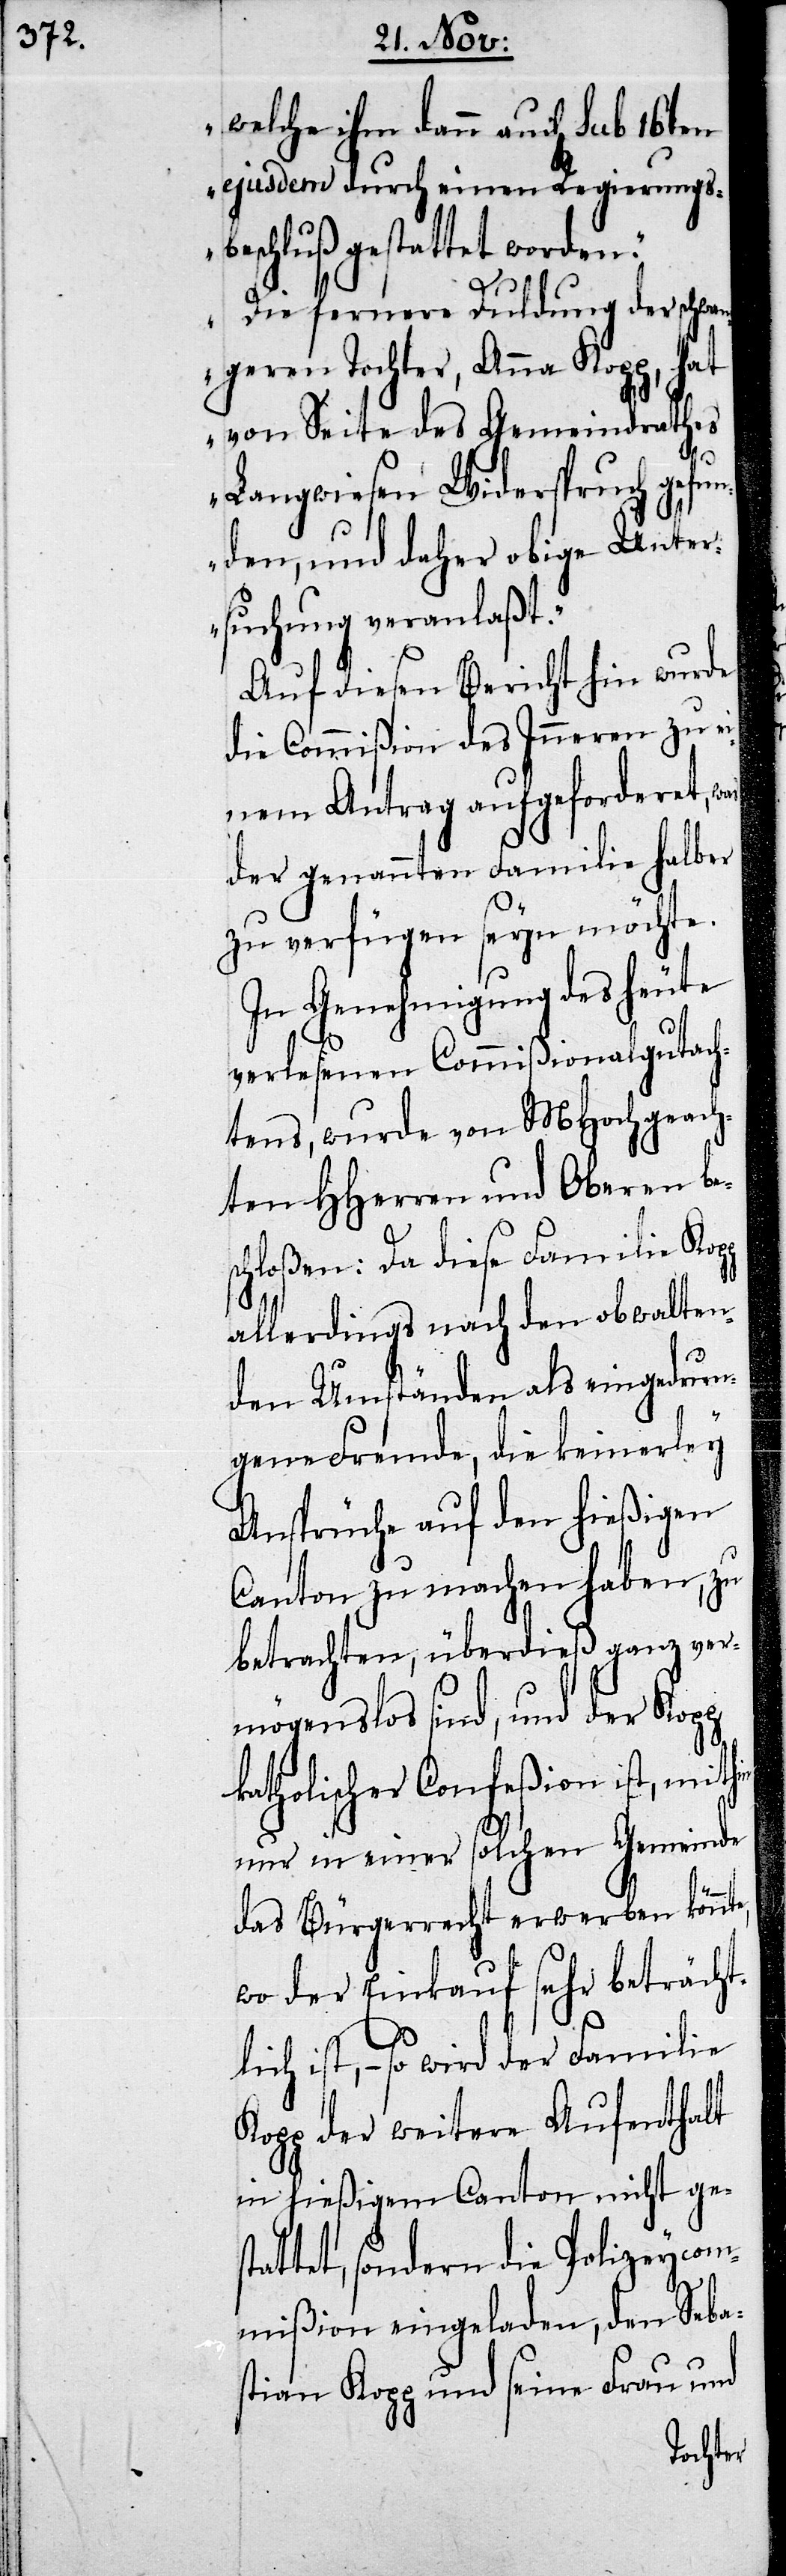
welche ihm dann auch
16ten
ejusdem durch einen Regierungs¬
beschluß gestattet worden.
Die fernere Duldung der schwa¬
nde¬
ngeren Tochter, Anna
rathes
von Seite des Gemei¬
Langwiesen Widerspruch gefu¬
nden, und daher obige Unter¬
suchung veranlaßt.“
Auf diesen Bericht hin wurde
die Commißion des Inneren zu e¬
inem Antrag aufgeforderet, was
der genannten Familie halber
zu verfügen seyn möchte.
In Genehmigung des heute
verlesenen Commißionalgutach¬
tens, wurde von MHochgeach¬
ten HHerren und Oberen be¬
schloßen: Da diese Familie Kop¬
allerdings nach den obwalten¬
den Umständen als eingedrun¬
gene Fremde, die keinerley
Ansprüche auf den hießigen
Canton zu machen haben, zu
betrachten, überdieß ganz ver¬
mögenslos sind, und der Kopp
katholischer Confeßion ist, mithin
nur in einer solchen Gemeinde
das Bürgerrecht erwerben könnt¬
wo der Einkauf sehr beträcht¬
lich ist, – so wird der Familie
Kopp der weitere Aufenthalt
in hießigem Canton nicht ges¬
tattet, sondern die Polizeycom¬
e,
mißion eingeladen, den Seba¬
stian Kopp und seine Frau und